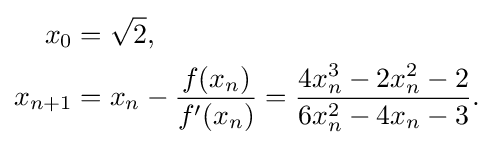
{\begin{aligned}x_{0}&={\sqrt {2}},\\x_{n+1}&=x_{n}-{\frac {f(x_{n})}{f'(x_{n})}}={\frac {4x_{n}^{3}-2x_{n}^{2}-2}{6x_{n}^{2}-4x_{n}-3}}.\end{aligned}}